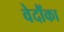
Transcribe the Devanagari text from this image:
वेदौंका